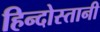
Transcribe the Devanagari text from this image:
हिन्दोस्तानी